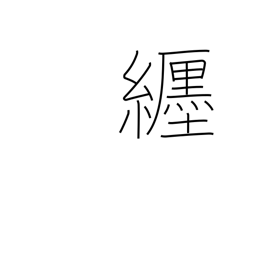
Meaning: wear